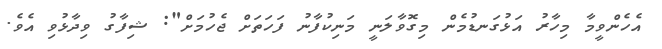
އެހެންވީމާ މިހާރު އަޅުގަނޑުމެން މިގޮވާލަނީ މަނިކުފާނު ފަހަތަށް ޖެހުމަށް": ޝިފާގު ވިދާޅުވި އެވެ.